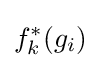
f_{k}^{*}(g_{i})